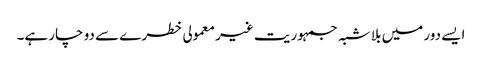
ایسے دور میں بلا شبہ جمہوریت غیر معمولی خطرے سے دو چار ہے۔